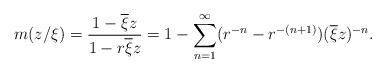
LaTeX: \begin{align*}m(z/\xi)=\frac{1-\overline\xi z}{1-r\overline \xi z} = 1-\sum_{n=1}^\infty(r^{-n} - r^{-(n+1)} ) (\overline \xi z)^{-n}.\end{align*}